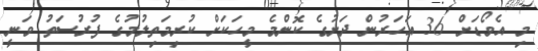
މި އެވޯޑަށް 36 އަހަރުން ދަށުގެ ކޮންމެ މީހަކަށް ކުރިމަތިލުމުގެ ފުރުސަތު ވަނީ